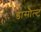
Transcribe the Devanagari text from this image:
डासौल्ट